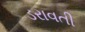
ડરાવતી